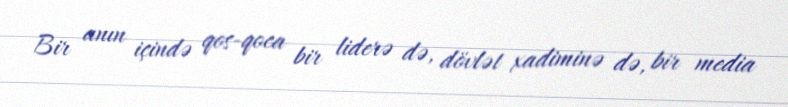
Bir anın içində qos-qoca bir liderə də, dövlət xadiminə də, bir media